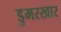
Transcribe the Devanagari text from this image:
डुमरखार